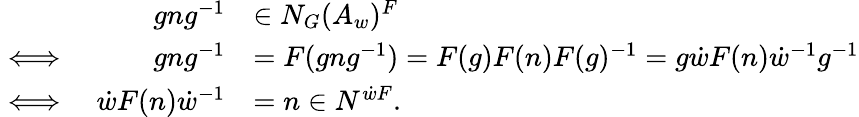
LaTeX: \begin{array}{r}{\begin{array}{lrl}&{gng^{-1}}&{\in N_{G}(A_{w})^{F}}\\ {\iff}&{gng^{-1}}&{=F(gng^{-1})=F(g)F(n)F(g)^{-1}=g\dot{w}F(n)\dot{w}^{-1}g^{-1}}\\ {\iff}&{\dot{w}F(n)\dot{w}^{-1}}&{=n\in N^{\dot{w}F}.}\end{array}}\end{array}